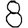
Digit: 8